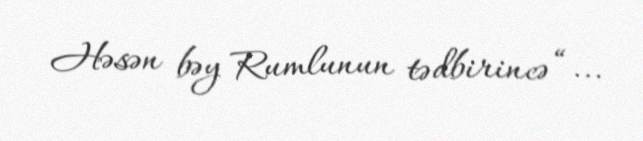
Həsən bəy Rumlunun tədbirincə “...